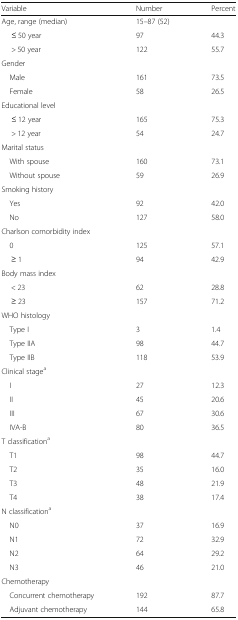
| Variable | Number | Percent |
 | --- | --- | --- |
 | Age, range (median) | 15–87 (52) |  |
 | ≤ 50 year | 97 | 44.3 |
 | > 50 year | 122 | 55.7 |
 | <COLSPAN=3> Gender |
 | Male | 161 | 73.5 |
 | Female | 58 | 26.5 |
 | <COLSPAN=3> Educational level |
 | ≤ 12 year | 165 | 75.3 |
 | > 12 year | 54 | 24.7 |
 | <COLSPAN=3> Marital status |
 | With spouse | 160 | 73.1 |
 | Without spouse | 59 | 26.9 |
 | <COLSPAN=3> Smoking history |
 | Yes | 92 | 42.0 |
 | No | 127 | 58.0 |
 | <COLSPAN=3> Charlson comorbidity index |
 | 0 | 125 | 57.1 |
 | ≥ 1 | 94 | 42.9 |
 | <COLSPAN=3> Body mass index |
 | < 23 | 62 | 28.8 |
 | ≥ 23 | 157 | 71.2 |
 | <COLSPAN=3> WHO histology |
 | Type I | 3 | 1.4 |
 | Type IIA | 98 | 44.7 |
 | Type IIB | 118 | 53.9 |
 | <COLSPAN=3> Clinical stagea |
 | I | 27 | 12.3 |
 | II | 45 | 20.6 |
 | III | 67 | 30.6 |
 | IVA-B | 80 | 36.5 |
 | <COLSPAN=3> T classificationa |
 | T1 | 98 | 44.7 |
 | T2 | 35 | 16.0 |
 | T3 | 48 | 21.9 |
 | T4 | 38 | 17.4 |
 | <COLSPAN=3> N classificationa |
 | N0 | 37 | 16.9 |
 | N1 | 72 | 32.9 |
 | N2 | 64 | 29.2 |
 | N3 | 46 | 21.0 |
 | <COLSPAN=3> Chemotherapy |
 | Concurrent chemotherapy | 192 | 87.7 |
 | Adjuvant chemotherapy | 144 | 65.8 |